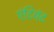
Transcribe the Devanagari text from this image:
एंटियंट